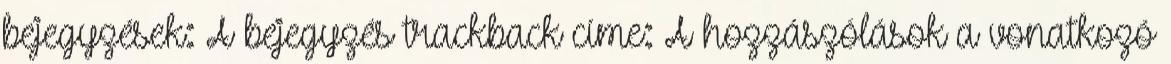
bejegyzések: A bejegyzés trackback címe: A hozzászólások a vonatkozó